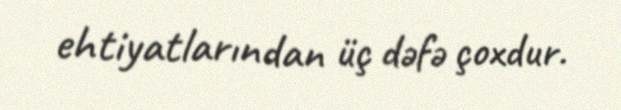
ehtiyatlarından üç dəfə çoxdur.